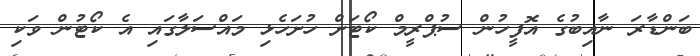
ބަންޑާރަ ނާއިބުގެ އޮފީހުން ސުޕްރީމް ކޯޓަށް ހުށަހެޅި މައްސަލާގައި އެ ކޯޓުން ވަކި